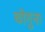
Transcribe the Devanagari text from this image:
चोगुना